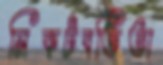
নিকটবর্তিতা